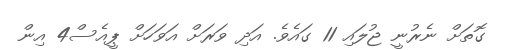
ގޮތަށް ނެރުނީ ޖުލައި 11 ގައެވެ. އަދި ވަރަށް އަވަހަށް ޕީއެސް4 އިން